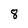
Character: 8